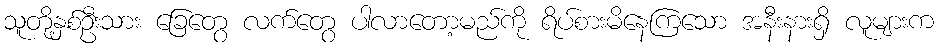
သူတို့နှစ်ဦးသား ခြေတွေ လက်တွေ ပါလာတော့မည်ကို ရိပ်စားမိနေကြသော အနီးနားရှိ လူများက